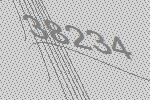
38234